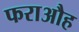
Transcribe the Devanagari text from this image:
फराऔह